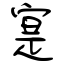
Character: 寔